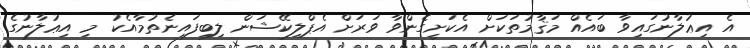
އެ އިޢުލާނުގައިވާ ބައެއް މަޤާމުތަކަށް އެކަށީގެންވާ ވަރަށް އެޕްލިކޭޝަން ލިބިފައިނެތުމާއެކު މި އިޢުލާނުގެ